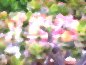
খুঁটিটা